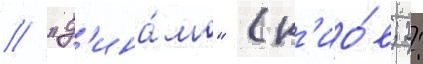
/ "д'ина́мо" (к'ио́в; 2: